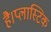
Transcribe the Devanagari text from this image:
है।प्लास्टिक